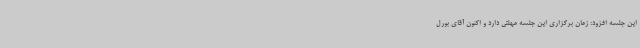
این جلسه افزود: زمان برگزاری این جلسه مهلتی دارد و اکنون آقای بورل